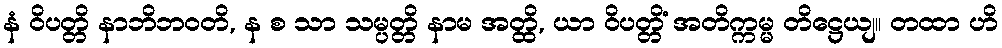
နံ ဝိပတ္တိ နာဘိဘဝတိ, န စ သာ သမ္ပတ္တိ နာမ အတ္ထိ, ယာ ဝိပတ္တိံ အတိက္ကမ္မ တိဋ္ဌေယျ။ တထာ ဟိ